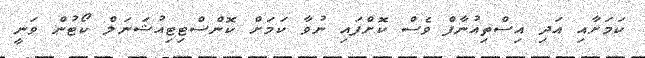
ކަމަށާއި އަދި އިސްތިއުނާފް ވެސް ކޮށްފައި ނުވާ ކަމަށް ކޮންސްޓިޓިއުޝަނަލް ކޯޓުން ވަނީ